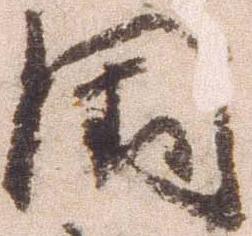
国